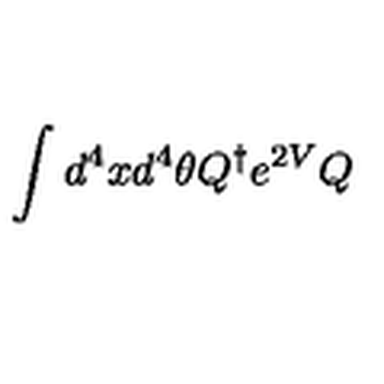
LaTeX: \int d ^ { 4 } x d ^ { 4 } \theta Q ^ { \dagger } e ^ { 2 V } Q